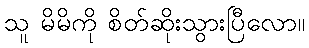
သူ မိမိကို စိတ်ဆိုးသွားပြီလော။